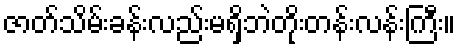
ဇာတ်သိမ်းခန်းလည်းမရှိဘဲတိုးတန်းလန်းကြီး။